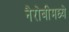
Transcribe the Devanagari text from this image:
नैरोबीमध्ये